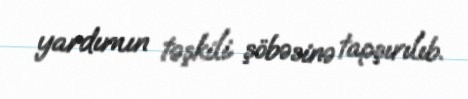
yardımın təşkili şöbəsinə tapşırılıb.